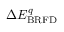
\Delta E _ { \mathrm { B R F D } } ^ { q }